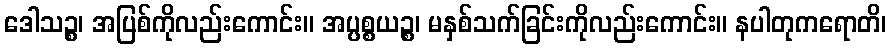
ဒေါသဉ္စ၊ အပြစ်ကိုလည်းကောင်း။ အပ္ပစ္စယဉ္စ၊ မနှစ်သက်ခြင်းကိုလည်းကောင်း။ နပါတုကရောတိ၊